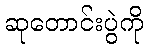
ဆုတောင်းပွဲကို